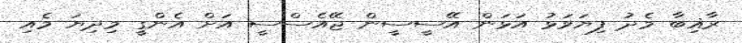
ރާޣިބާ މެދު ފިޔަވަޅު އަޅަން އޭސީސީން ޖޭއެސްސީ އަށް އެންގީ މިދިޔަ މެއި